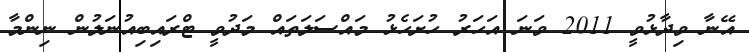
އޭނާ ވިދާޅުވީ 2011 ވަަނަ އަހަރު ހުށަހެޅު މައްސަލަތައް މަދުވީ ޓްރައިބިއުނަލުން ނިންމާ